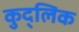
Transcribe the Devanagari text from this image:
कुद्लिक